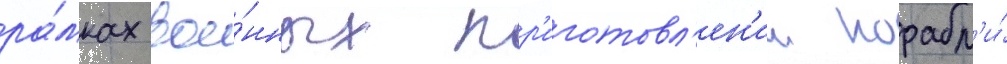
ра́мках вое́нных пр'иготовл'ен'ии корабл'и́